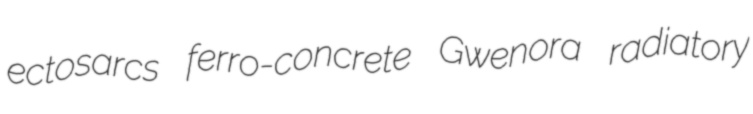
ectosarcs ferro-concrete Gwenora radiatory